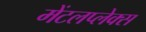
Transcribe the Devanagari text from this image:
मेंटलप्लेक्स